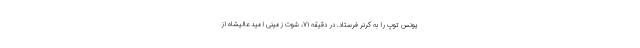
یونس توپ را به کرنر فرستاد. در دقیقه ۷۱، شوت زمینی امید عالیشاه از